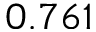
0 . 7 6 1